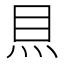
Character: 𥄧